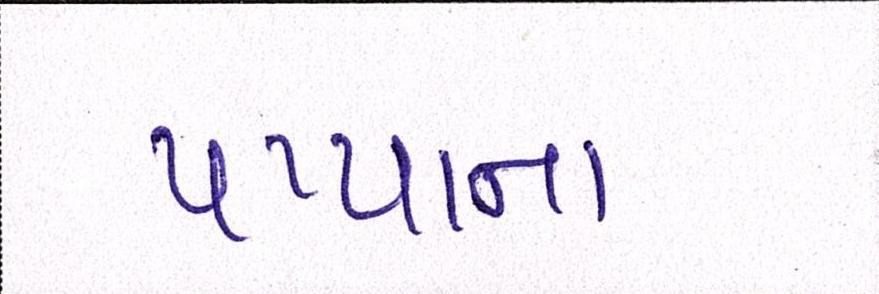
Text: પપ્પાના